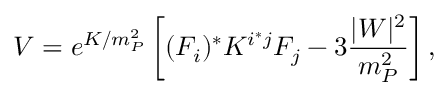
V = e ^ { K / m _ { P } ^ { 2 } } \left[ ( F _ { i } ) ^ { * } K ^ { i ^ { * } j } F _ { j } - 3 \frac { \vert W \vert ^ { 2 } } { m _ { P } ^ { 2 } } \right] ,